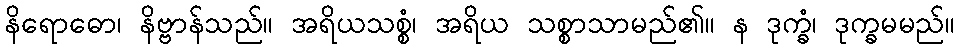
နိရောဓော၊ နိဗ္ဗာန်သည်။ အရိယသစ္စံ၊ အရိယ သစ္စာသာမည်၏။ န ဒုက္ခံ၊ ဒုက္ခမမည်။